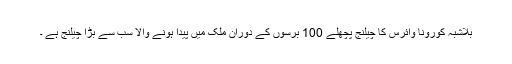
بلاشبہ کورونا وائرس کا چیلنج پچھلے 100 برسوں کے دوران ملک میں پیدا ہونے والا سب سے بڑا چیلنج ہے ۔